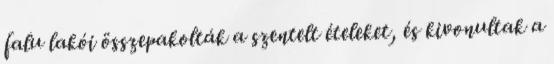
falu lakói összepakolták a szentelt ételeket, és kivonultak a